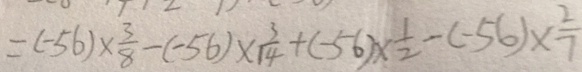
= ( - 5 6 ) \times \frac { 3 } { 8 } - ( - 5 6 ) \times \frac { 3 } { 1 4 } + ( - 5 6 ) \times \frac { 1 } { 2 } - ( - 5 6 ) \times \frac { 2 } { 7 }